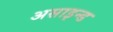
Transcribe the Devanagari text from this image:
असाइन्ड